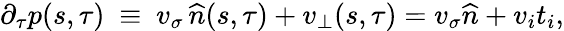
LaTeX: \begin{array}{r}{\partial_{\tau}p(s,\tau)\ \equiv\ v_{\sigma}\, \widehat{n}(s,\tau)+v_{\bot}(s,\tau)=v_{\sigma}\widehat{n}+v_{i}t_{i},}\end{array}